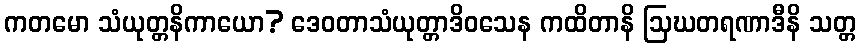
ကတမော သံယုတ္တနိကာယော? ဒေဝတာသံယုတ္တာဒိဝသေန ကထိတာနိ ဩဃတရဏာဒီနိ သတ္တ